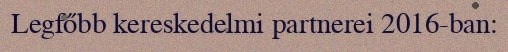
Legfőbb kereskedelmi partnerei 2016-ban: